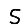
Digit: 5